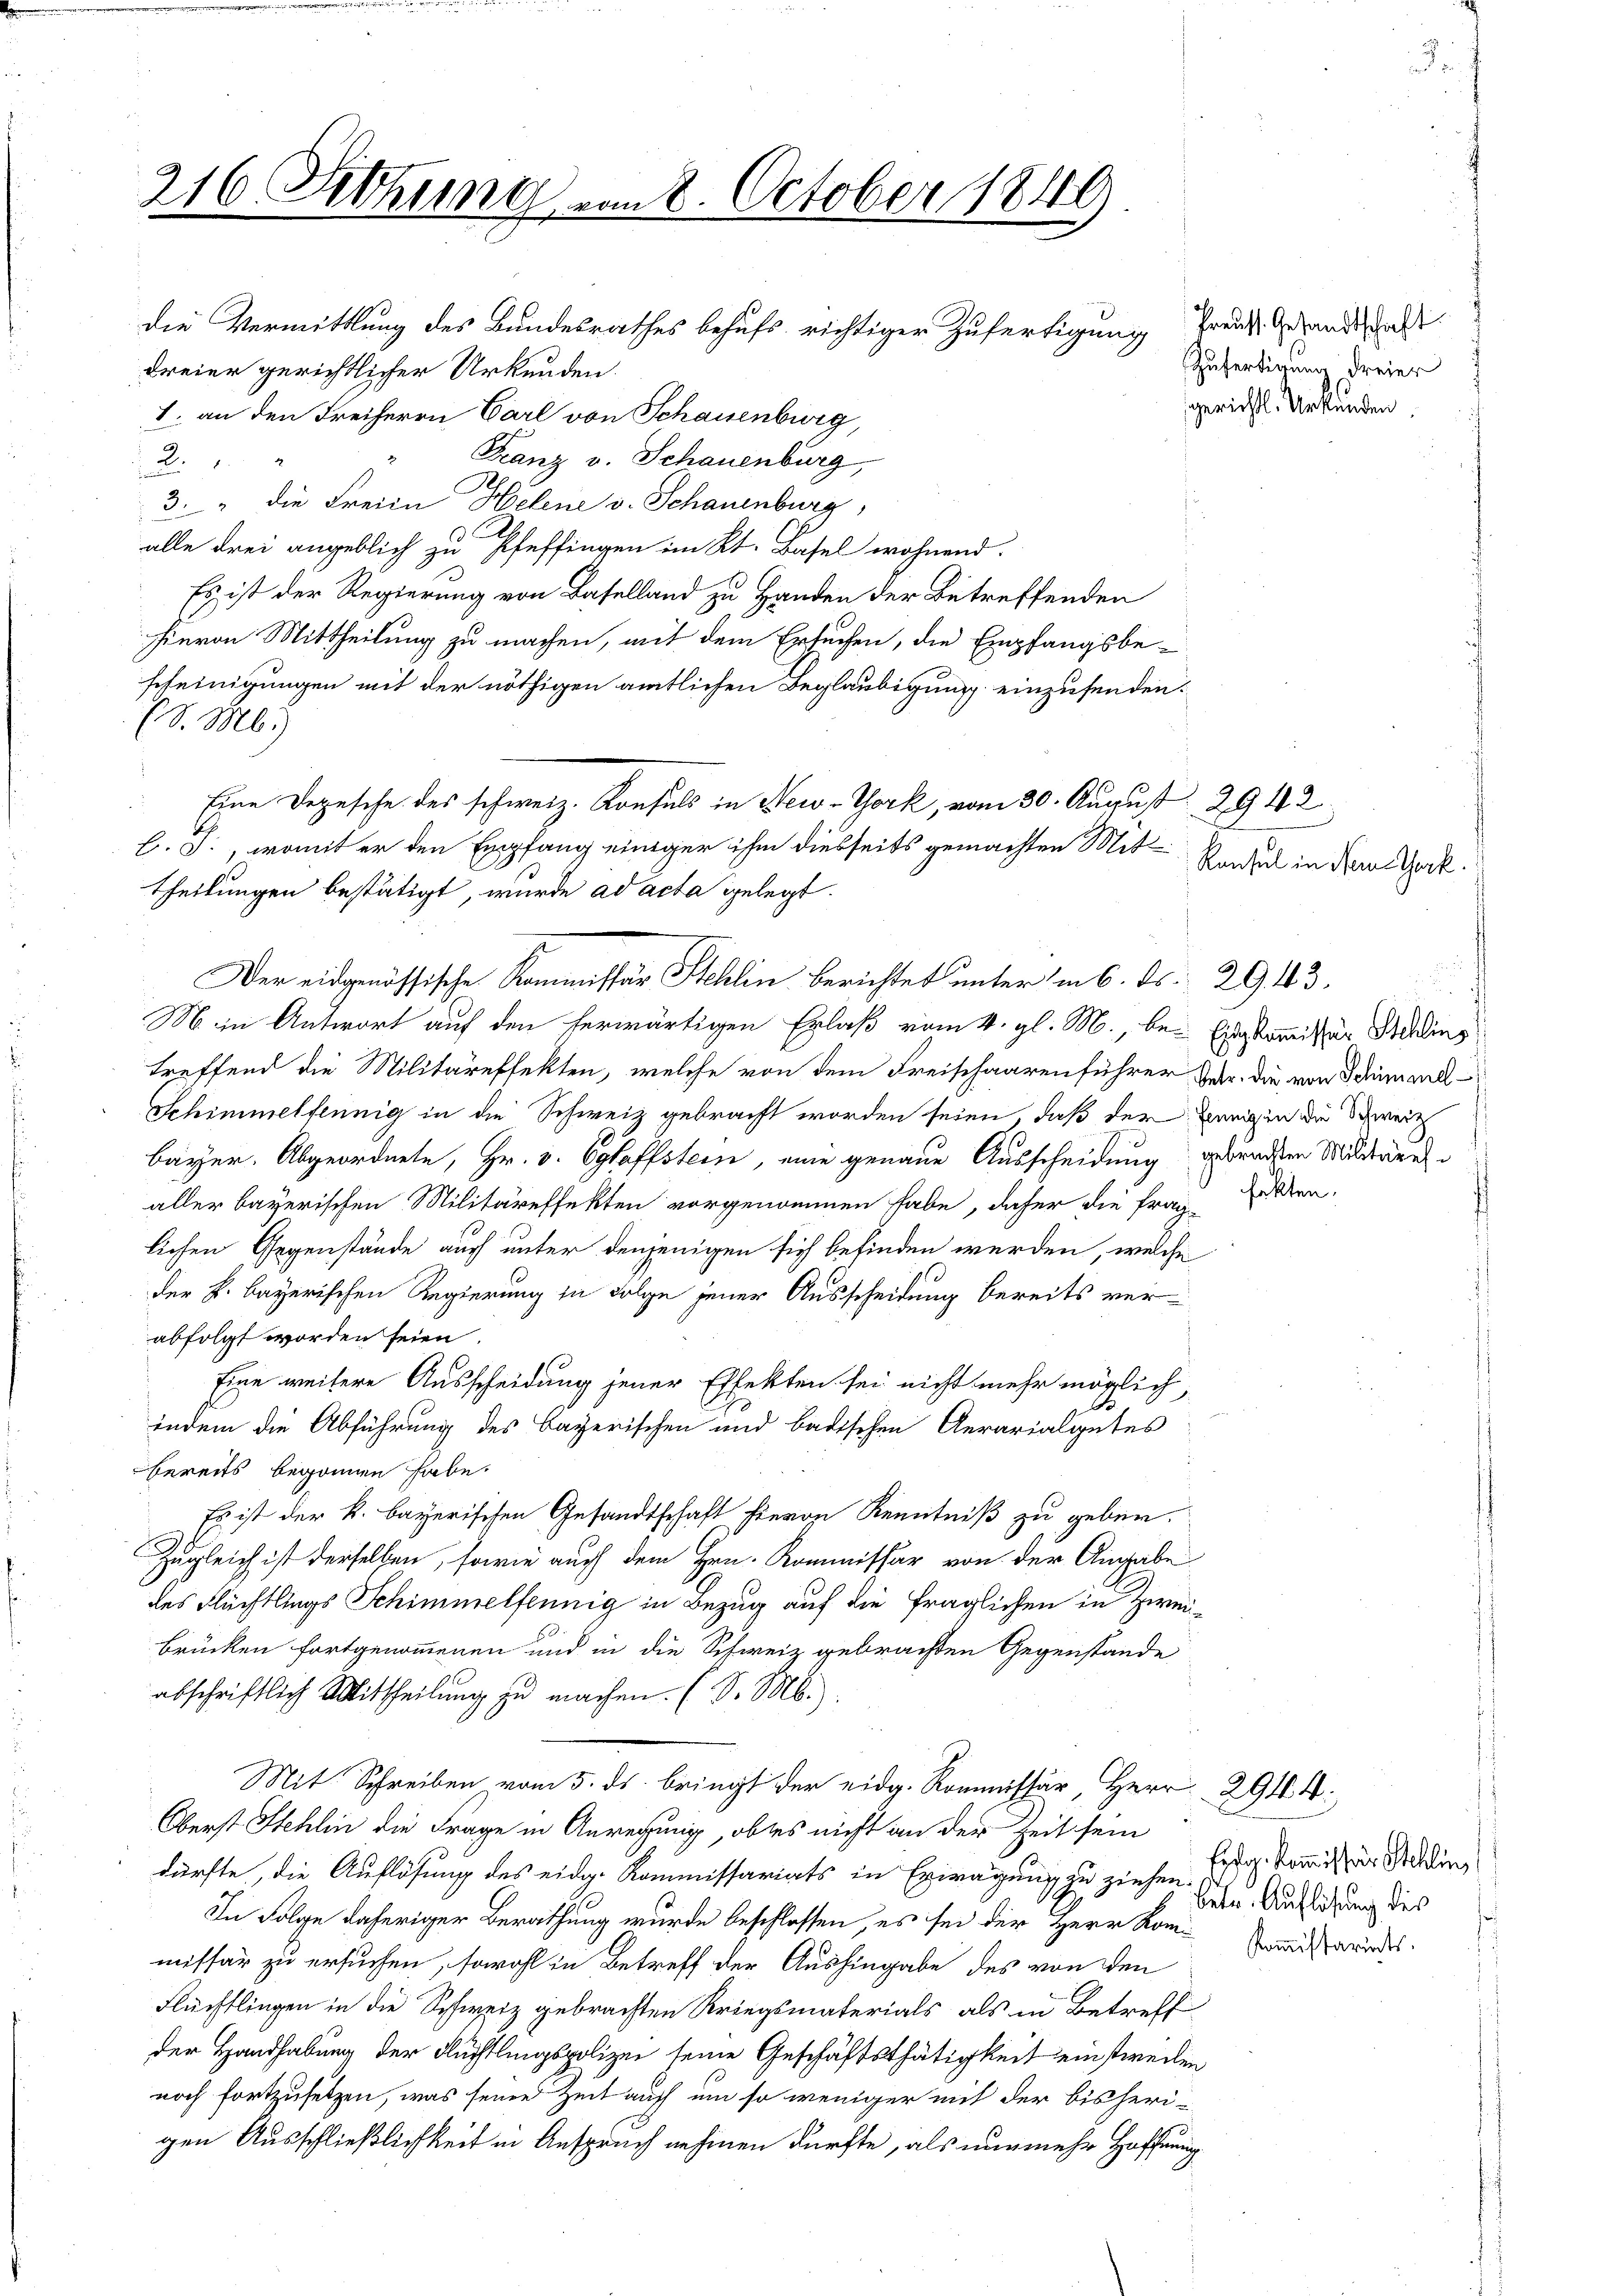
216. Sitzung am 8. October 1849

die Vermittlung des Bundesrathes behufs richtiger Zufertigung Traus, Gesandtschaft
Freier gerichtlicher Urkunden.
1. an den Freiherrn Carl von Schauenburg,
Franz v. Schauenburg,
2
3. " die Freiin Helene v. Schauenburg,
alle drei angeblich zu Pfeffingen im Kt. Basel wohnend.
Es ist der Regierung von Baselland zu Handen der Betreffenden
hievon Mittheilung zu machen, mit dem Ersuchen, die Empfangsbescheinigungen mit der nöthigen amtlichen Beglaubigung einzusenden.
Ed. M.)
Eine Degesehe des schweiz. Konsuls in New-York, vom 30. August 2942
C. J., womit er den Empfang einiger ihm diesseits gemachten Mittheilungen bestätigt, wurde ad acta gelegt.
M. in Antwort auf den herwärtigen Erlaß vom 4. gl. M., bei Einskommissär Schling
treffend die Militäreffekten, welche von dem Freischaarenführer Ger. die von Schnendl
Schimmelfennig in die Schweiz gebracht worden seien, daß der wenigen die Schweiz
Bayer. Abgeordnete, Hr. v. Egloffstein, eine genaue Ausscheidung gebrachten Milderung
aller bayerischen Militäreffekten vorgenommen habe, daher die frag-
lichen Gegenstände auch unter denjenigen sich befinden werden, welche
der k. bayerischen Regierung in Folge jener Ausscheidung bereits verabfolgt worden seien.
Eine weisere Ausscheidung jener Effekten sei nicht mehr möglich
indem die Abführung des Bayerischen und badischen Aerarialgutes
bereits begonnen habe.
Es ist der k. bayerischen Gesandtschaft hievon Kenntniß zu geben.
Zugleich ist derselben, sowie auch dem Hrn. Kommissär von der Angabe
des Flüchtlings Schimmelfennig in Bezug auf die fraglichen in Zweibrücken fortgenommenen und in die Schweiz gebrachten Gegenstände
abschriftlich Mittheilung zu machen. (S. M.
Mit Schreiben vom 5. ds. bringt der eidg. Kommissär, Herr 294. 4.
Oberst Stehlin die Frage in Anregung, ob es nicht an der Zeit sein
dürfte, die Auflösung des eidg. Kommissariats in Erwägung zu ziehen
In Folge daheriger Berathung wurde beschlossen, es sei der Herr Kommiswundes
missär zu ersuchen, sowohl in Betreff der Aushingabe des von den
Flüchtlingen in die Schweiz gebrachten Kriegsmaterials als in Betreff
der Handhabung der Flüchtlingspolizei seine Geschäftsthätigkeit einstweilen
noch fortzusetzen, was seine Zeit auch um so weniger mit der bisherigen Ausschließlichkeit in Anspruch nehmen dürfte, als nunmehr Hoffnung

Der eidgenössische Kommissär Schlin berichtet unterm 6. ds. 2943.

Zufertigung dreier
gerichtl. Urkunden.

Konsul in Neue Terk.

fekten.

Eyfg. Kommissior Schlin,
betr. Auflösung des